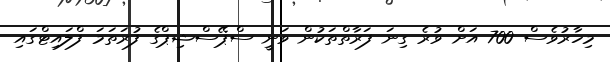
މިހާރުވެސް 700 އަށް ވުރެ ގިނަ ފަރާތްތަކުން ވަނީ ސްޕޭސްޝިޕްގެ ފުރަތަމަ ފްލައިޓްގައި